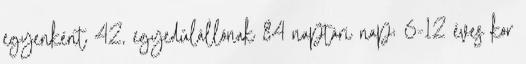
egyenként 42, egyedülállónak 84 naptári nap; 6-12 éves kor